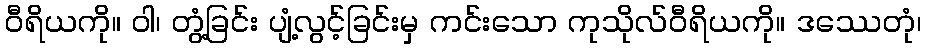
ဝီရိယကို။ ဝါ၊ တွံ့ခြင်း ပျံ့လွင့်ခြင်းမှ ကင်းသော ကုသိုလ်ဝီရိယကို။ ဒဿေတုံ၊